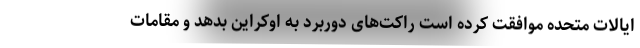
ایالات متحده موافقت کرده است راکت‌های دوربرد به اوکراین بدهد و مقامات